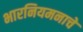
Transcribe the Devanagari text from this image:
भारनियमनाचे